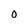
Character: 0